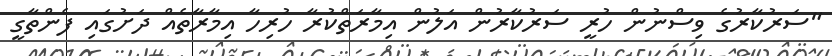
"ސަރުކާރުގެ ވިސްނުން ހުރީ ސަރުކާރުން އަލުން އިމާރަތްކުރާ ހުރިހާ އިމާރާތެއް ދަށުގައި ފެންތާގީ